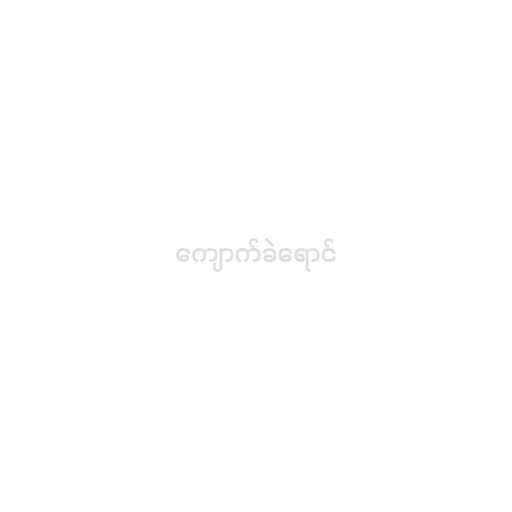
ကျောက်ခဲရောင်